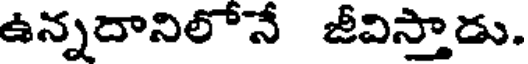
ఉన్నదానిలోనే జీవిస్తాడు.